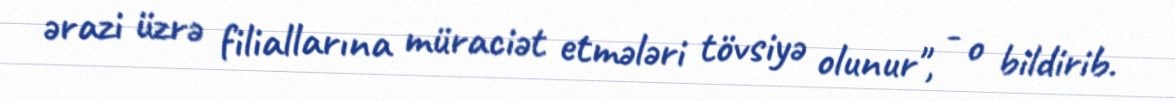
ərazi üzrə filiallarına müraciət etmələri tövsiyə olunur", - o bildirib.